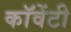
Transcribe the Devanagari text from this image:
कॉवेंटी